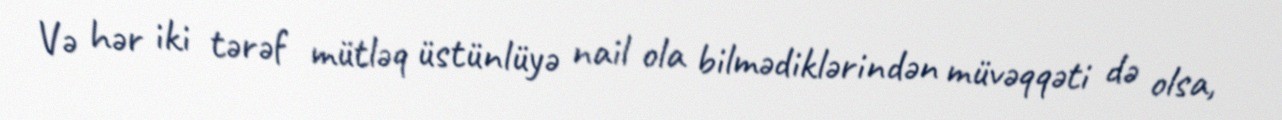
Və hər iki tərəf mütləq üstünlüyə nail ola bilmədiklərindən müvəqqəti də olsa,